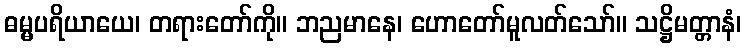
ဓမ္မပရိယာယေ၊ တရားတော်ကို။ ဘညမာနေ၊ ဟောတော်မူလတ်သော်။ သဋ္ဌိမတ္တာနံ၊